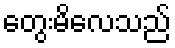
တွေးမိလေသည်